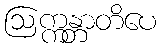
ဩက္ကန္တာတိပေ